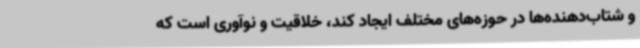
و شتاب‌دهنده‌ها در حوزه‌های مختلف ایجاد کند، خلاقیت و نوآوری است که